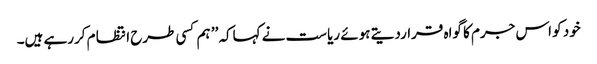
خود کو اس جرم کا گواہ قراردیتے ہوئے ریاست نے کہاکہ ’’ ہم کسی طرح انتظا م کررہے ہیں۔